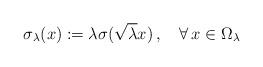
LaTeX: \begin{align*}\sigma_\lambda(x):=\lambda\sigma(\sqrt\lambda x)\,,\quad\forall\,x\in\Omega_\lambda\end{align*}